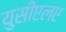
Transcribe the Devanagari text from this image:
युसीएलए